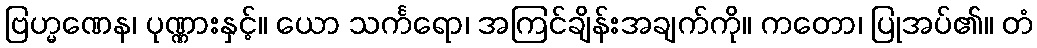
ဗြဟ္မဏေန၊ ပုဏ္ဏားနှင့်။ ယော သင်္ကရော၊ အကြင်ချိန်းအချက်ကို။ ကတော၊ ပြုအပ်၏။ တံ